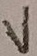
Text: V